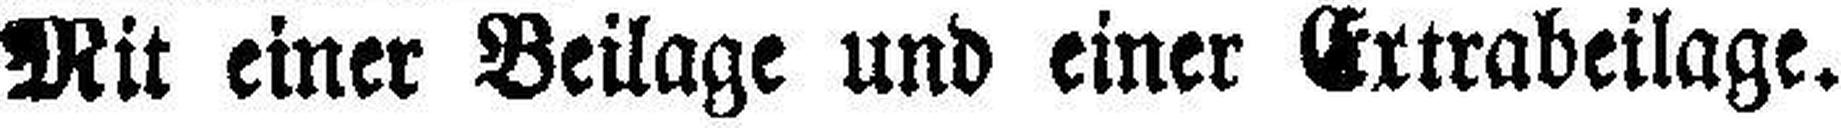
Mit einer Beilage und einer Extrabeilage.